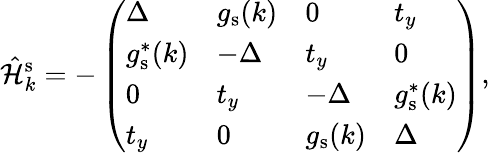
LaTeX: \hat{\mathcal{H}}_{k}^{\mathrm{s}}=-\left(\begin{array}{llll}{\Delta}&{g_{\mathrm{s}}(k)}&{0}&{t_{y}}\\ {g_{\mathrm{s}}^{*}(k)}&{-\Delta}&{t_{y}}&{0}\\ {0}&{t_{y}}&{-\Delta}&{g_{\mathrm{s}}^{*}(k)}\\ {t_{y}}&{0}&{g_{\mathrm{s}}(k)}&{\Delta}\end{array}\right)\mathrm{,}